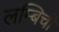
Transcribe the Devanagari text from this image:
लम्बिची